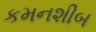
કમનશીબ